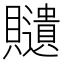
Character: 𧸽